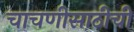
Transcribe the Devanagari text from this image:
चाचणीसाठीची